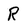
Character: R